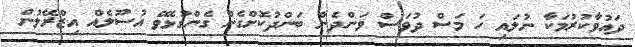
ދައުވާކުރުމަކާ ނުލައި ހަ މަސް ދުވަސް ވަންދެން ބަންދުކޮށްގެން ގެންގުޅެވޭ އުސޫލެއް އިޒްރޭލުން